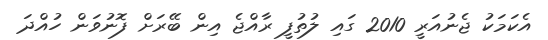
އެކަމަކު ޖެނުއަރީ 2010 ގައި ލުތުފީ ރާއްޖެ އިން ބޭރަށް ފޮނުވަން ހުއްދަ